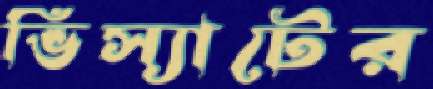
ভিস্যাটের